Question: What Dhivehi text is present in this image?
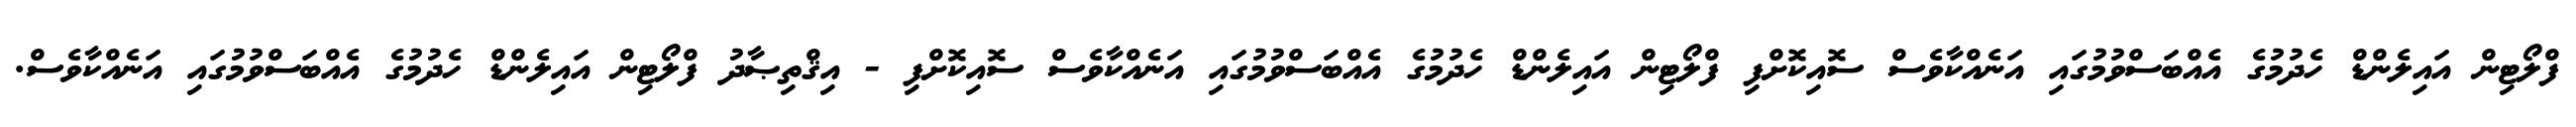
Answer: ފްލޯޓިން އައިލެންޑް ހެދުމުގެ އެއްބަސްވުމުގައި އަނެއްކާވެސް ސޮއިކޮށްފި ފްލޯޓިން އައިލެންޑް ހެދުމުގެ އެއްބަސްވުމުގައި އަނެއްކާވެސް ސޮއިކޮށްފި - އިޤްތިޞާދު ފްލޯޓިން އައިލެންޑް ހެދުމުގެ އެއްބަސްވުމުގައި އަނެއްކާވެސް.